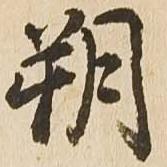
朔